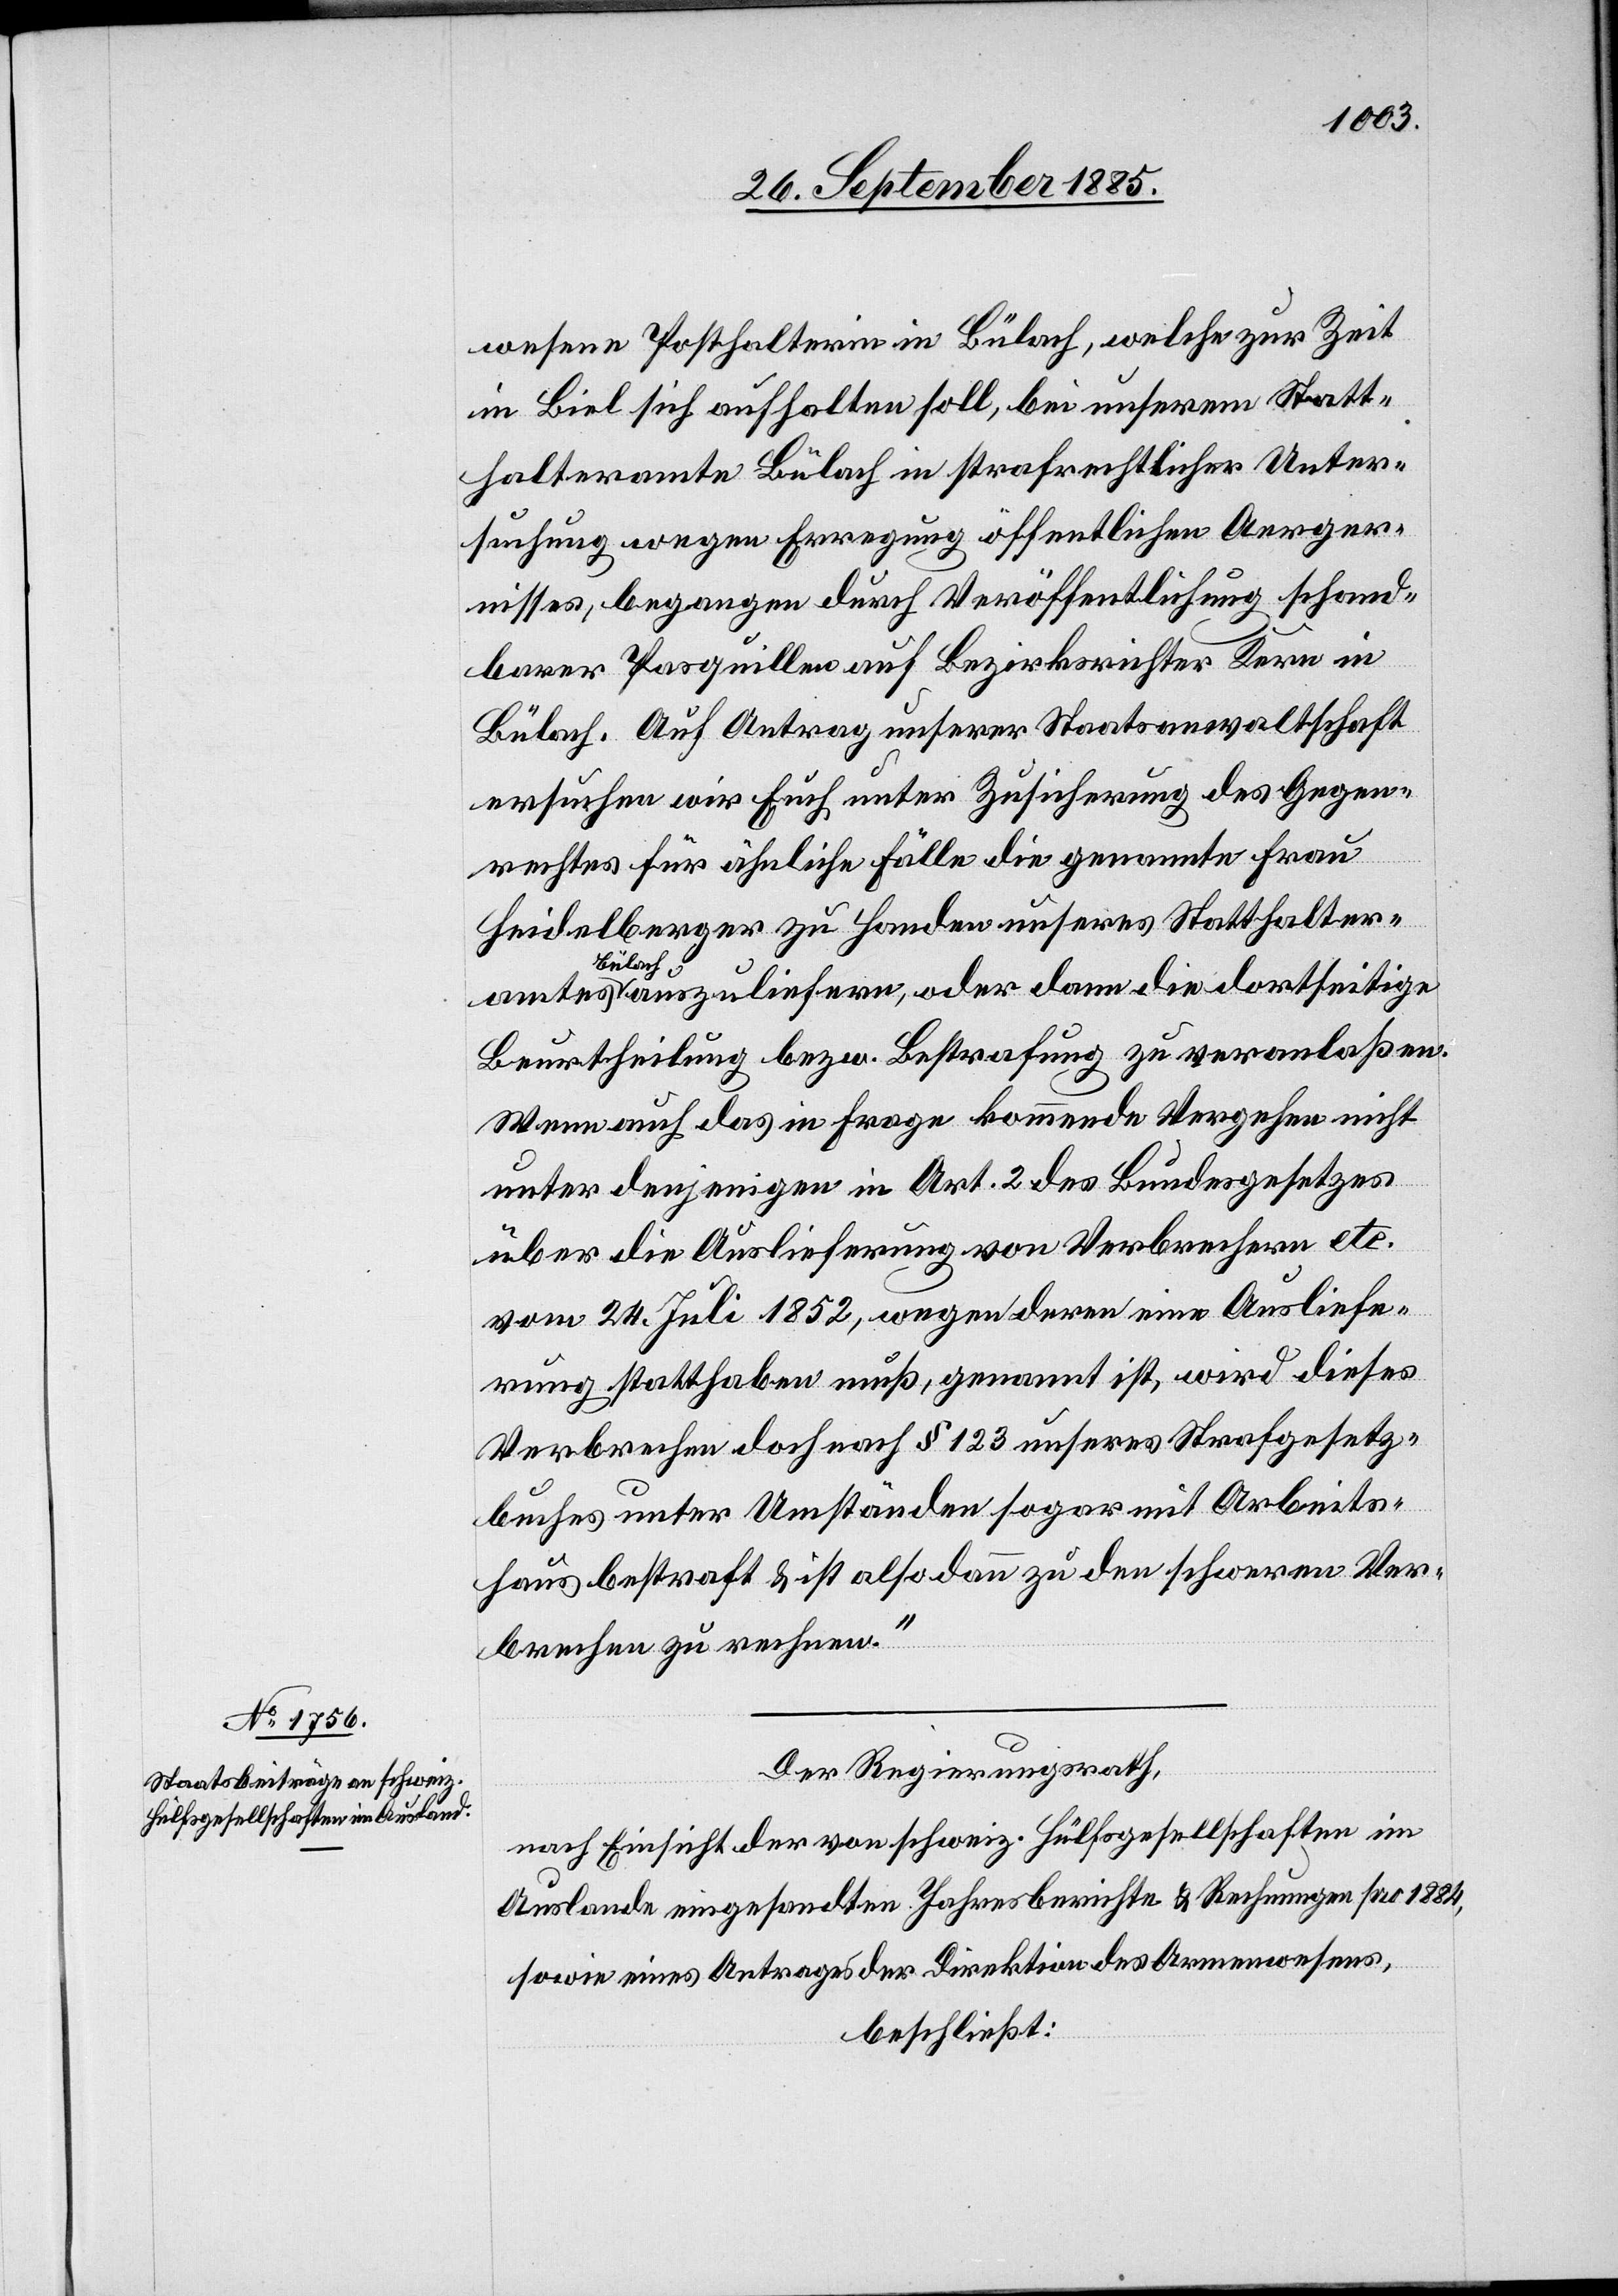
wesene Posthalterin in Bülach, welche zur Zeit
in Biel sich aufhalten soll, bei unserem Statt¬
halteramte Bülach in strafrechtlicher Unter¬
suchung wegen Erregung öffentlichen Aerger¬
nisses, begangen durch Veröffentlichung schand¬
barer Pasquillen auf Bezirksrichter Kern in
Bülach. Auf Antrag unserer Staatsanwaltschaft
ersuchen wir Euch unter Zusicherung des Gegen¬
rechtes für ähnliche Fälle die genannte Frau
Heidelberger zu Handen unseres Statthalter¬
amtes
auszuliefern, oder dann die dortseitige
Beurtheilung bezw. Bestrafung zu veranlaßen.
Wenn auch das in Frage kommende Vergehen nicht
unter denjenigen in Art. 2 des Bundesgesetzes
über die Auslieferung von Verbrechern etc.
vom 24. Juli 1852, wegen deren eine Ausliefe¬
rung statthaben muß, genannt ist, wird dieses
Verbrechen doch nach §123 unseres Strafgesetz¬
buches unter Umständen sogar mit Arbeits¬
haus bestraft & ist also dann zu den schweren Ver¬
brechen zu rechnen.“
Der Regierungsrath,
nach Einsicht der von schweiz. Hülfsgesellschaften im
Auslande eingesandten Jahresberichte & Rechnungen pro 1884,
sowie eines Antrages der Direktion des Armenwesens,
beschließt: